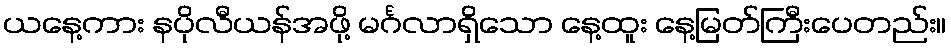
ယနေ့ကား နပိုလီယန်အဖို့ မင်္ဂလာရှိသော နေ့ထူး နေ့မြတ်ကြီးပေတည်း။